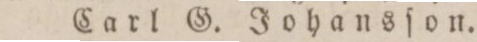
Carl G. Johansſon.